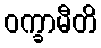
ဝက္ခာမီတိ